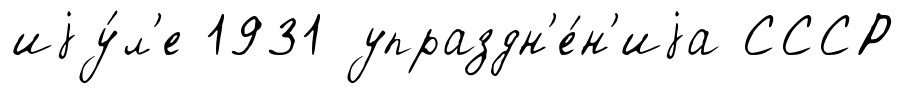
иjу́л'е 1931 упраздн'е́н'иjа СССР